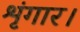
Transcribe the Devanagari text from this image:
शृंगार।